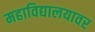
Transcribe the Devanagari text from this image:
महाविद्यालयावर